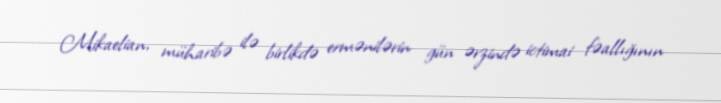
Mikaelian, müharibə ilə birlikdə ermənilərin gün ərzində ictimai fəallığının